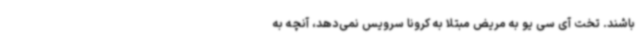
باشند. تخت آی سی یو به مریض مبتلا به کرونا سرویس نمی‌دهد، آنچه به